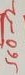
Text: 560Ω